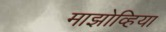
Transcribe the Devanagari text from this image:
माझोव्हिया